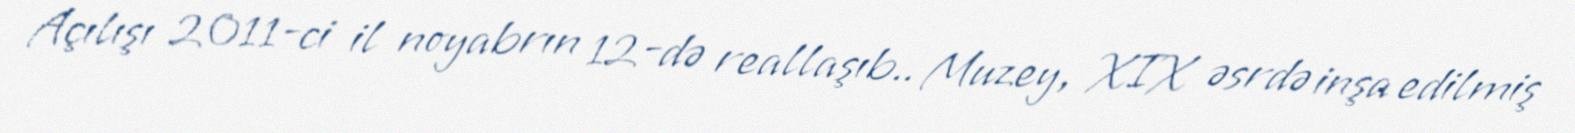
Açılışı 2011-ci il noyabrın 12-də reallaşıb.. Muzey, XIX əsrdə inşa edilmiş